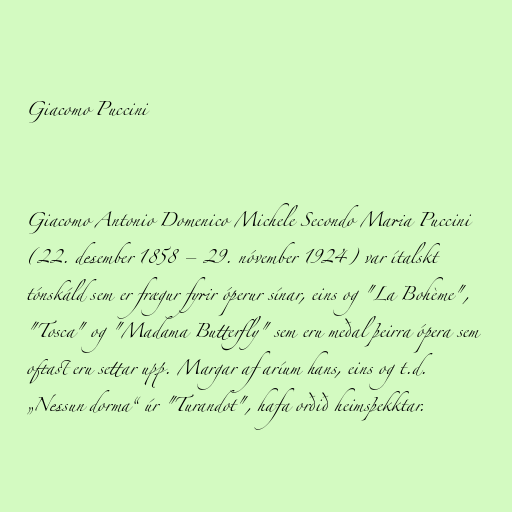
Giacomo Puccini

Giacomo Antonio Domenico Michele Secondo Maria Puccini
(22. desember 1858 – 29. nóvember 1924) var ítalskt
tónskáld sem er frægur fyrir óperur sínar, eins og "La Bohème",
"Tosca" og "Madama Butterfly" sem eru meðal þeirra ópera sem
oftast eru settar upp. Margar af aríum hans, eins og t.d.
„Nessun dorma“ úr "Turandot", hafa orðið heimsþekktar.